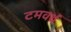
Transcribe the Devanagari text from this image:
टमवर्थ